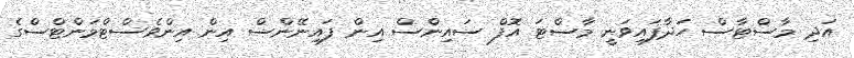
އަދި މާސްޓާސް ހަދާފައިވަނީ މާސްޓަ އޮފް ސައިންސް އިން ފައިނޭންސް އިން އިންވެސްޓްމަންޓްސްގެ